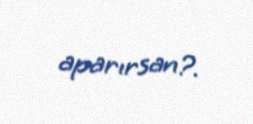
aparırsan?.